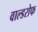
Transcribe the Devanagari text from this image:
वाल्डरोफ